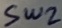
Text: SW2